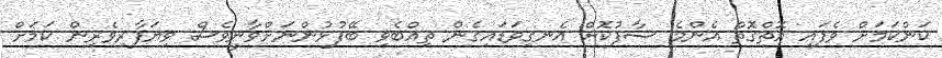
ކަންކަމަށް ވެފައި އޮތްގޮތް އެންމެ ސާފުކޮށް އެނގިވަޑައިގެން ތިއްބެވި ބޭފުޅުންނަށްވާނީވެސް ވިޔަފާރިވެރިން ކަމަށް